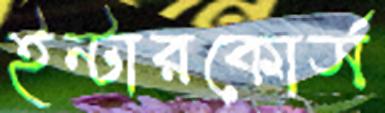
ইন্টারকোর্স